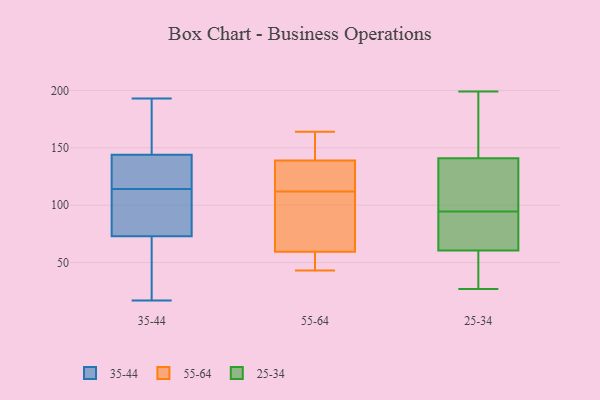
{"axis": {"x": "Satisfaction Score", "y": "Value"}, "legend": ["25-34", "35-44", "55-64"], "data": [{"x": "", "y": 76, "type": "35-44"}, {"x": "", "y": 127, "type": "35-44"}, {"x": "", "y": 66, "type": "35-44"}, {"x": "", "y": 73, "type": "35-44"}, {"x": "", "y": 114, "type": "35-44"}, {"x": "", "y": 108, "type": "35-44"}, {"x": "", "y": 180, "type": "35-44"}, {"x": "", "y": 177, "type": "35-44"}, {"x": "", "y": 17, "type": "35-44"}, {"x": "", "y": 193, "type": "35-44"}, {"x": "", "y": 114, "type": "35-44"}, {"x": "", "y": 57, "type": "35-44"}, {"x": "", "y": 85, "type": "35-44"}, {"x": "", "y": 60, "type": "35-44"}, {"x": "", "y": 116, "type": "35-44"}, {"x": "", "y": 167, "type": "35-44"}, {"x": "", "y": 144, "type": "35-44"}, {"x": "", "y": 128, "type": "35-44"}, {"x": "", "y": 129, "type": "55-64"}, {"x": "", "y": 128, "type": "55-64"}, {"x": "", "y": 43, "type": "55-64"}, {"x": "", "y": 52, "type": "55-64"}, {"x": "", "y": 164, "type": "55-64"}, {"x": "", "y": 52, "type": "55-64"}, {"x": "", "y": 149, "type": "55-64"}, {"x": "", "y": 110, "type": "55-64"}, {"x": "", "y": 114, "type": "55-64"}, {"x": "", "y": 106, "type": "55-64"}, {"x": "", "y": 159, "type": "55-64"}, {"x": "", "y": 67, "type": "55-64"}, {"x": "", "y": 41, "type": "25-34"}, {"x": "", "y": 128, "type": "25-34"}, {"x": "", "y": 43, "type": "25-34"}, {"x": "", "y": 122, "type": "25-34"}, {"x": "", "y": 103, "type": "25-34"}, {"x": "", "y": 84, "type": "25-34"}, {"x": "", "y": 64, "type": "25-34"}, {"x": "", "y": 154, "type": "25-34"}, {"x": "", "y": 118, "type": "25-34"}, {"x": "", "y": 27, "type": "25-34"}, {"x": "", "y": 70, "type": "25-34"}, {"x": "", "y": 168, "type": "25-34"}, {"x": "", "y": 57, "type": "25-34"}, {"x": "", "y": 176, "type": "25-34"}, {"x": "", "y": 199, "type": "25-34"}, {"x": "", "y": 86, "type": "25-34"}]}